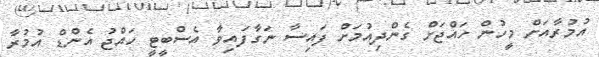
އުމުރާއަށް މީހުން ހައްޖަށް ގެންދިއުމަށް ފައިސާ ނަގާފައިވާ އެސްބީޓީ ހައްޖު އެންޑް އުމުރާ